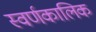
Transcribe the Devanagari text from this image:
स्वर्णकालिक